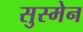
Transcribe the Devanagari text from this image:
सुस्मेन